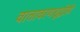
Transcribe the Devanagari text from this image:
वातावरणशुद्धीही